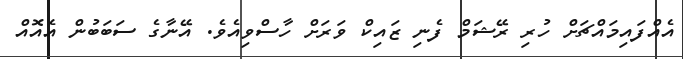
އެއްފައިމައްޗަށް ހުރި ރޭޝަމް ފެނި ޒައިކް ވަރަށް ހާސްވިއެވެ. އޭނާގެ ސަބަބުން އެއޮއް